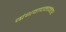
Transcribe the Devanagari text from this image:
ग्रंथवाचनानंतर